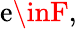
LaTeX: \mathrm{e}\inF,